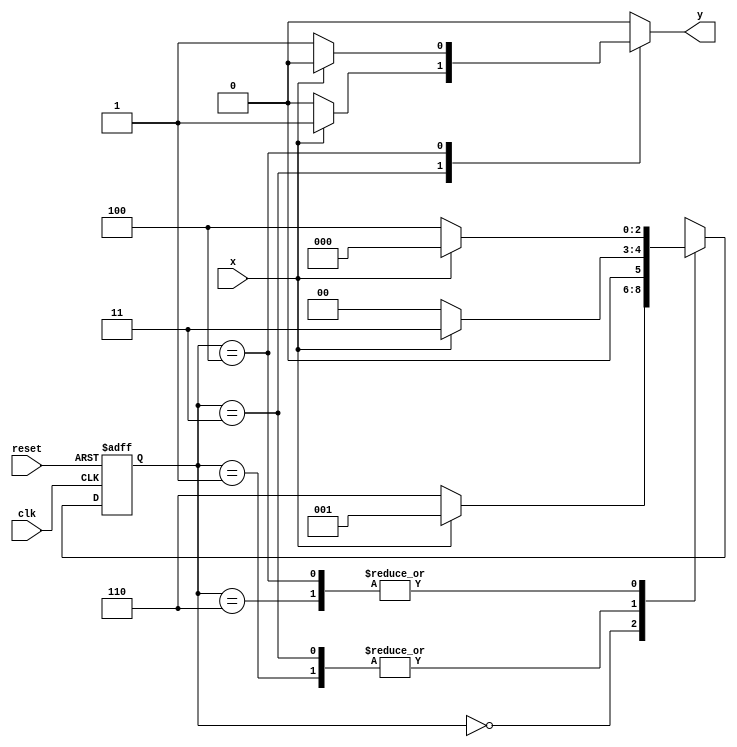
// Guia 11
// Nome: Fabricio Rodrigues de Souza


// constant definitions
`define found    1
`define notfound 0

module Exercicio05 ( y, x, clk, reset );

	output y;
	input  x;
	input  clk;
	input  reset;

	reg    y;

	parameter         // state identifiers 
		start  = 3'b000,
		id1    = 3'b001,
		id11   = 3'b011,
		id0    = 3'b110,
		id00   = 3'b100;

	reg [2:0] E1;	// current state variables
	reg [2:0] E2;	// next state logic output

	// next state logic
   always @( x or E1 )
		begin
		y = `notfound;

		case ( E1 )
			start:
				if ( x )
					E2 = id1;
				else
					E2 = id0;
				
			id1:
				if ( x )
					E2 = id11;
				else
					E2 = start;

			id11:
				if ( x )
				begin
					E2 =  id11;
					y  = `found;
				end
				else
				begin
					E2 =  start;
					y  = `notfound;
				end
			
			id0:
				if ( x )
					E2 = start;
				else
					E2 = id00;

			id00:
				if ( x )
				begin
					E2 =  start;
					y  = `notfound;
				end
				else
				begin
					E2 =  id00;
					y  = `found;
				end
	 
			default:   // undefined state
				E2 =  3'bxxx;
		endcase
	  
		end // always at signal or state changing
		

	// state variables
		always @( posedge clk or negedge reset )
		begin
			if ( reset )
				E1 = E2;    // updates current state
			else
				E1 = 0;     // reset
		end // always at signal changing

endmodule